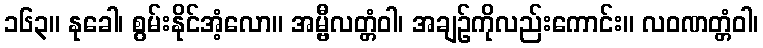
၁၆၃။ နုခေါ၊ စွမ်းနိုင်အံ့လော။ အမ္ဗီလတ္တံဝါ၊ အချဉ်ကိုလည်းကောင်း။ လဝဏတ္တံဝါ၊